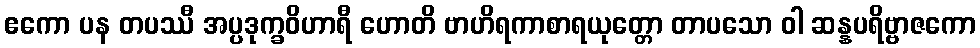
ဧကော ပန တပဿီ အပ္ပဒုက္ခဝိဟာရီ ဟောတိ ဗာဟိရကာစာရယုတ္တော တာပသော ဝါ ဆန္နပရိဗ္ဗာဇကော